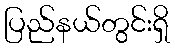
ပြည်နယ်တွင်းရှိ